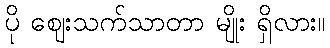
ပို ဈေးသက်သာတာ မျိုး ရှိလား။